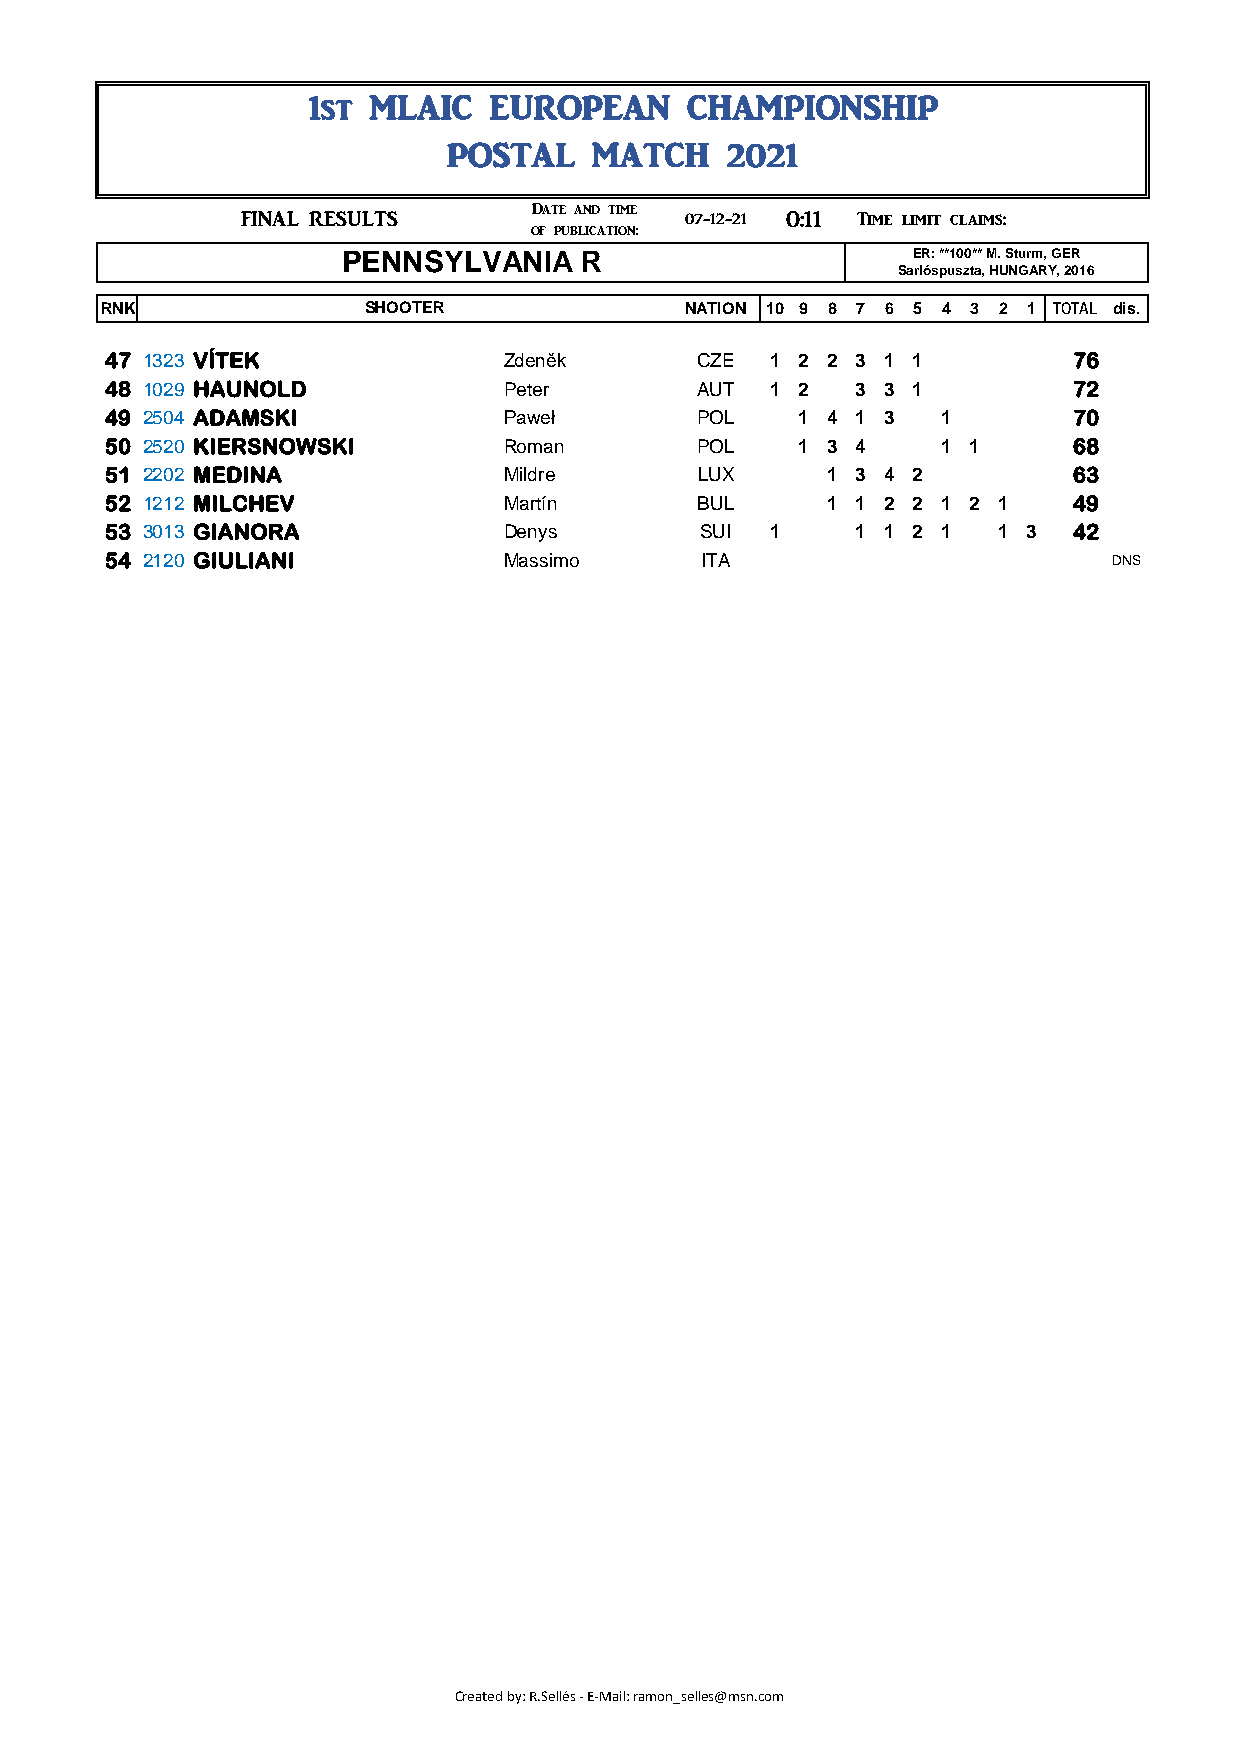
1st MLAIC   EUROPEAN     CHAMPIONSHIP
 POSTAL    MATCH    2021
 ###      FINAL RESULTS      Date and time 07-12-21 0:11 Time limit claims: 1:11
 of publication:                   07-12-21
 PENNSYLVANIA    R                     ER: **100** M. Sturm, GER
 Sarlóspuszta, HUNGARY, 2016
 RNK               SHOOTER              NATION 10 9 8 7 6 5 4 3 2 1 TOTAL dis.
 47 1323 VÍTEK             Zdeněk       CZE  1 2 2 3 1 1         76
 48 1029 HAUNOLD           Peter        AUT  1 2  3 3 1          72
 49 2504 ADAMSKI           Paweł        POL   1 4 1 3   1        70
 50 2520 KIERSNOWSKI       Roman        POL   1 3 4     1 1      68
 51 2202 MEDINA            Mildre       LUX     1 3 4 2          63
 52 1212 MILCHEV           Martín       BUL     1 1 2 2 1 2 1    49
 53 3013 GIANORA           Denys        SUI  1    1 1 2 1   1 3  42
 54 2120 GIULIANI          Massimo      ITA                        DNS
 Created by: R.Sellés - E-Mail: ramon_selles@msn.com